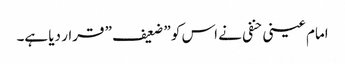
امام عینی حنفی نے اس کو ” ضعیف ” قرار دیا ہے۔